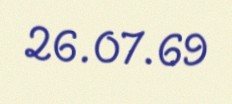
26.07.69